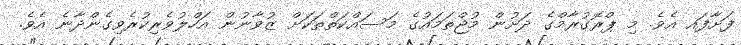
ފަށާފައ އެވެ. މި ޕްރޮގުރާމްގެ ދަށުން މުޖްތަމައުގެ މަސައްކަތްތަކަށް ޒުވާނުން އަހްލުވެރިކުރެވިގެންދާނެ އެވެ.